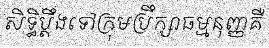
សិទ្ធិប្តឹងទៅក្រុមប្រឹក្សាធម្មនុញ្ញគឺ